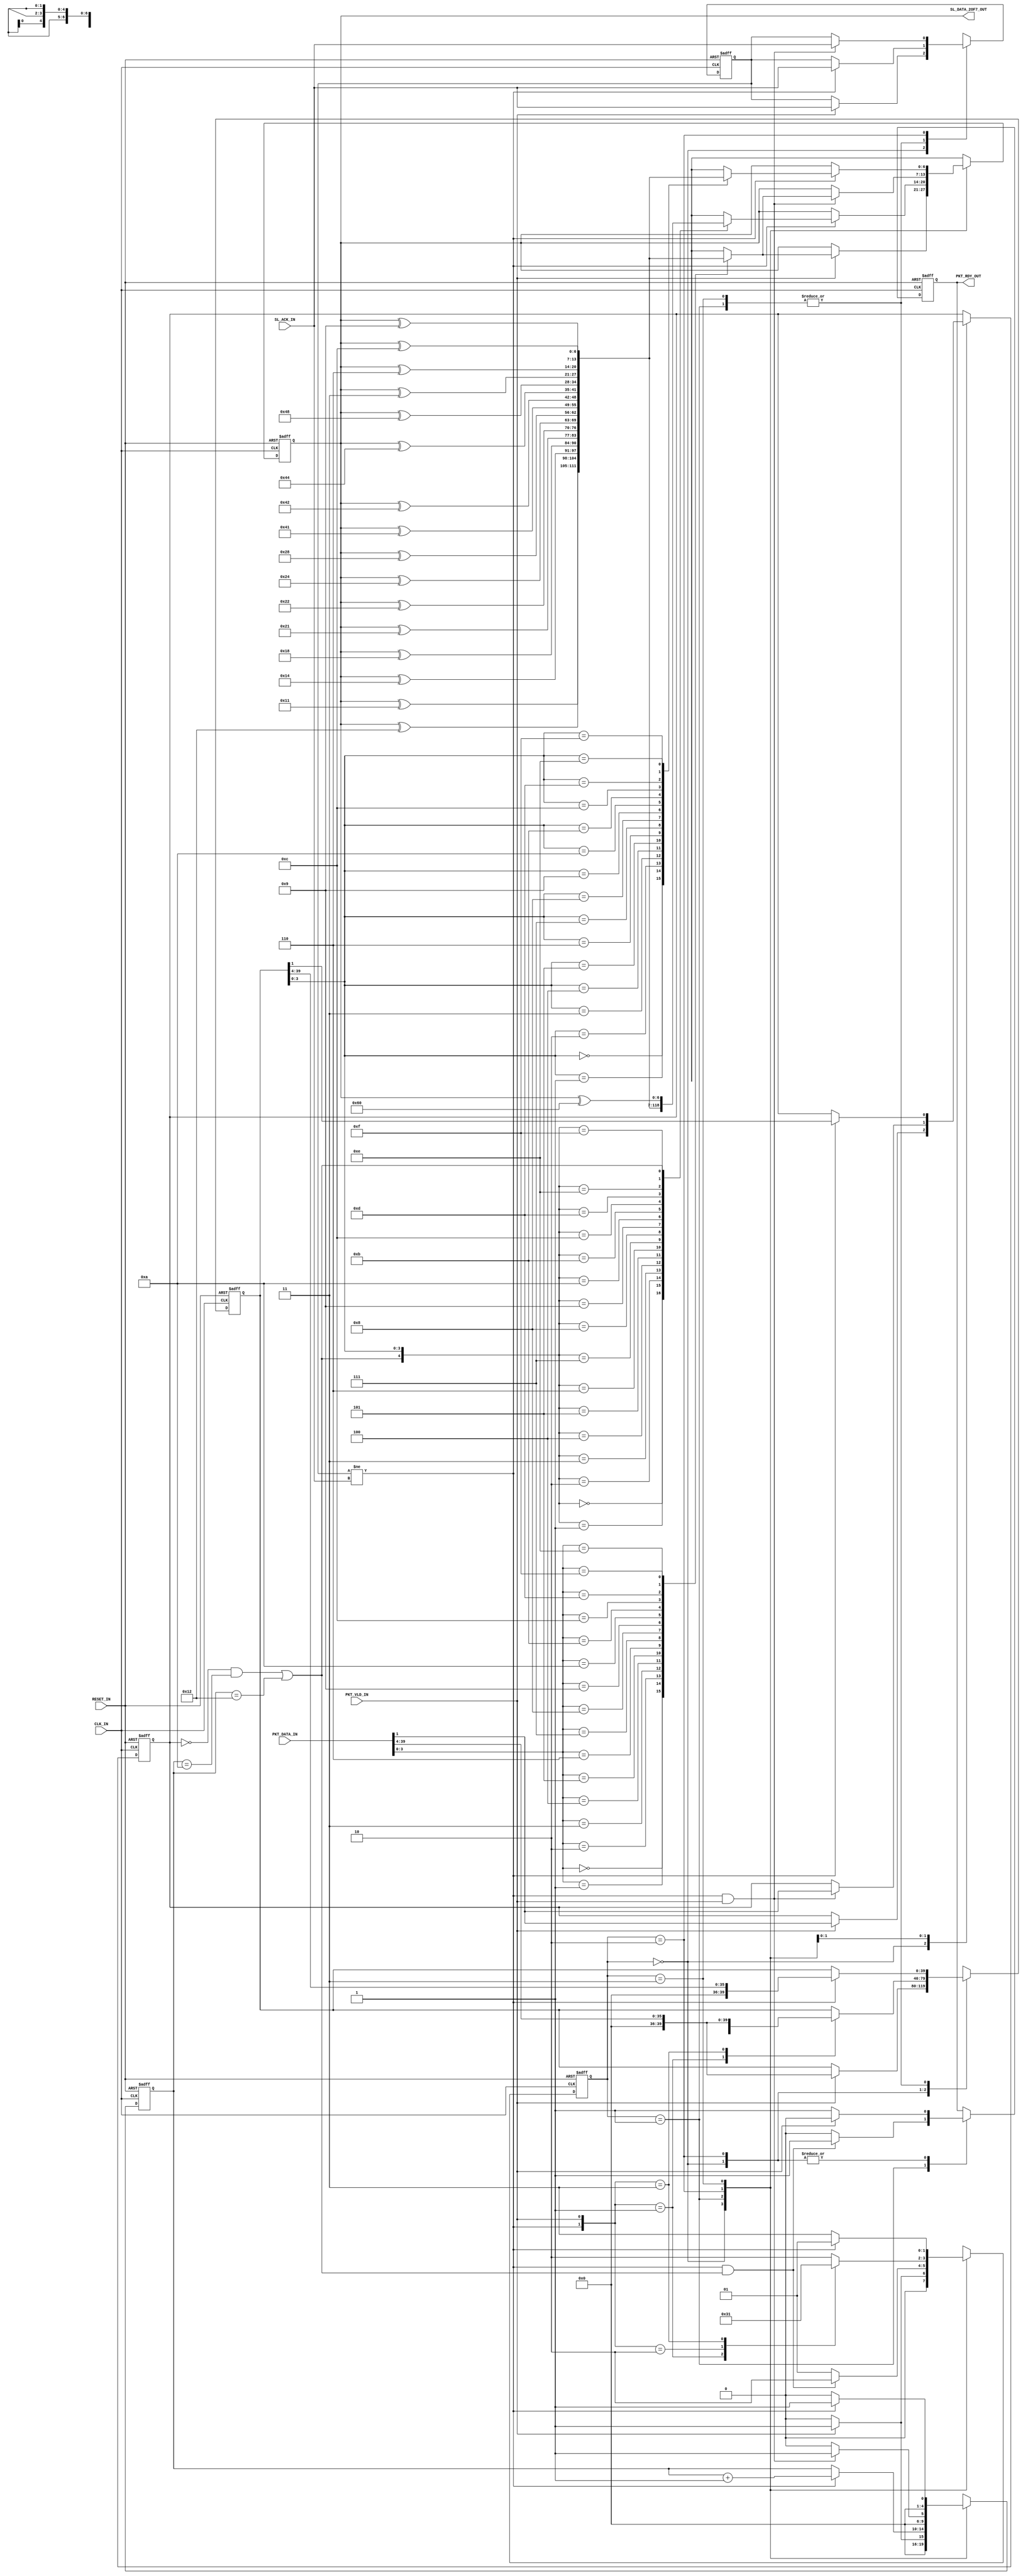
// -------------------------------------------------------------------------
//  SpiNNaker link transmitter module
//
// -------------------------------------------------------------------------
// AUTHOR
//  lap - luis.plana@manchester.ac.uk
//  Based on work by J Pepper (Date 08/08/2012)
//
// -------------------------------------------------------------------------
// Taken from:
// https://solem.cs.man.ac.uk/svn/spiNNlink/testing/src/packet_sender.v
// Revision 2517 (Last-modified date: 2013-08-19 10:33:30 +0100)
//
// -------------------------------------------------------------------------
// COPYRIGHT
//  Copyright (c) The University of Manchester, 2012. All rights reserved.
//  SpiNNaker Project
//  Advanced Processor Technologies Group
//  School of Computer Science
// -------------------------------------------------------------------------
// TODO
//  * decide what to do with "default" cases: non-valid states.
//  * could save one clock cycle by adding RDY_ST (not straightforward!).
// -------------------------------------------------------------------------

`define PKT_BITS         40

// ----------------------------------------------------------------
// include spiNNlink global constants and parameters
//
// ----------------------------------------------------------------



`timescale 1ns / 1ps

module spinn_driver
(
  input                        CLK_IN,
  input                        RESET_IN,

  // synchronous packet interface
  input      [`PKT_BITS - 1:0] PKT_DATA_IN,
  input                        PKT_VLD_IN,
  output reg                   PKT_RDY_OUT,

  // SpiNNaker link asynchronous interface
  output reg             [6:0] SL_DATA_2OF7_OUT,
  input                        SL_ACK_IN
);

  //---------------------------------------------------------------
  // constants
  //---------------------------------------------------------------
  //# Xilinx recommends one-hot state encoding
  localparam STATE_BITS = 2;
  localparam IDLE_ST    = 0;
  localparam TRAN_ST    = IDLE_ST + 1;
  localparam EOP_ST     = TRAN_ST + 1;
  localparam PARK_ST    = EOP_ST + 1;


  //---------------------------------------------------------------
  // internal signals
  //---------------------------------------------------------------
  reg  [STATE_BITS - 1:0] state;
  reg                     eop;

  reg                     old_ack;
  reg                     acked;

  reg   [`PKT_BITS - 1:0] pkt_buf;
  reg                     long_pkt;
  reg               [4:0] symbol_cnt;


  //+++++++++++++++++++++++++++++++++++++++++++++++++++++++++++++++
  //--------------------------- functions -------------------------
  //+++++++++++++++++++++++++++++++++++++++++++++++++++++++++++++++
  //---------------------------------------------------------------
  // NRZ 2-of-7 encoder
  //---------------------------------------------------------------
  function [6:0] encode_2of7 ;
    input [4:0] din;
    input [6:0] code_2of7;

    casex (din)
      5'b00000 : encode_2of7 = code_2of7 ^ 7'b0010001; // 0
      5'b00001 : encode_2of7 = code_2of7 ^ 7'b0010010; // 1
      5'b00010 : encode_2of7 = code_2of7 ^ 7'b0010100; // 2
      5'b00011 : encode_2of7 = code_2of7 ^ 7'b0011000; // 3
      5'b00100 : encode_2of7 = code_2of7 ^ 7'b0100001; // 4
      5'b00101 : encode_2of7 = code_2of7 ^ 7'b0100010; // 5
      5'b00110 : encode_2of7 = code_2of7 ^ 7'b0100100; // 6
      5'b00111 : encode_2of7 = code_2of7 ^ 7'b0101000; // 7
      5'b01000 : encode_2of7 = code_2of7 ^ 7'b1000001; // 8
      5'b01001 : encode_2of7 = code_2of7 ^ 7'b1000010; // 9
      5'b01010 : encode_2of7 = code_2of7 ^ 7'b1000100; // 10
      5'b01011 : encode_2of7 = code_2of7 ^ 7'b1001000; // 11
      5'b01100 : encode_2of7 = code_2of7 ^ 7'b0000011; // 12
      5'b01101 : encode_2of7 = code_2of7 ^ 7'b0000110; // 13
      5'b01110 : encode_2of7 = code_2of7 ^ 7'b0001100; // 14
      5'b01111 : encode_2of7 = code_2of7 ^ 7'b0001001; // 15
      5'b1xxxx : encode_2of7 = code_2of7 ^ 7'b1100000; // EOP
      default  : encode_2of7 = 7'bxxxxxxx;
    endcase
  endfunction
  //---------------------------------------------------------------
  //+++++++++++++++++++++++++++++++++++++++++++++++++++++++++++++++


  //+++++++++++++++++++++++++++++++++++++++++++++++++++++++++++++++
  //--------------------------- datapath --------------------------
  //+++++++++++++++++++++++++++++++++++++++++++++++++++++++++++++++
  //---------------------------------------------------------------
  // SpiNNaker link interface
  //---------------------------------------------------------------
  always @(posedge CLK_IN or posedge RESET_IN)
    if (RESET_IN)
      SL_DATA_2OF7_OUT <= 7'd0;
    else
      case (state)
        IDLE_ST: if (PKT_VLD_IN)
                   SL_DATA_2OF7_OUT <= encode_2of7 ({1'b0, PKT_DATA_IN[3:0]},
                                                     SL_DATA_2OF7_OUT
                                                   );     // first nibble
                 else
                   SL_DATA_2OF7_OUT <= SL_DATA_2OF7_OUT;  // no change!

        TRAN_ST: if (acked)
                     SL_DATA_2OF7_OUT <= encode_2of7 ({eop, pkt_buf[3:0]},
                                                       SL_DATA_2OF7_OUT
                                                     );   // next nibble or eop
                 else
                   SL_DATA_2OF7_OUT <= SL_DATA_2OF7_OUT;  // no change!

        EOP_ST:  if (acked && PKT_VLD_IN)
                   SL_DATA_2OF7_OUT <= encode_2of7 ({1'b0, PKT_DATA_IN[3:0]},
                                                     SL_DATA_2OF7_OUT
                                                   );     // first nibble
                 else
                   SL_DATA_2OF7_OUT <= SL_DATA_2OF7_OUT;  // no change!

        PARK_ST: if (acked)
                   SL_DATA_2OF7_OUT <= encode_2of7 ({1'b0, pkt_buf[3:0]},
                                                     SL_DATA_2OF7_OUT
                                                   );     // first nibble
                 else
                   SL_DATA_2OF7_OUT <= SL_DATA_2OF7_OUT;  // no change!

        default:   SL_DATA_2OF7_OUT <= SL_DATA_2OF7_OUT;  // no change!
      endcase 

  always @(posedge CLK_IN or posedge RESET_IN)
    if (RESET_IN)
      old_ack   <= 1'b0;  // not really necessary!
    else
      case (state)
        IDLE_ST: if (PKT_VLD_IN)
                   old_ack <= SL_ACK_IN;  // remember SL_ACK_IN value
                 else
                   old_ack <= old_ack;    // no change!

        TRAN_ST,
        PARK_ST: if (acked)
                   old_ack <= SL_ACK_IN;  // remember SL_ACK_IN value
                 else
                   old_ack <= old_ack;    // no change!

        EOP_ST:  if (acked && PKT_VLD_IN)
                   old_ack <= SL_ACK_IN;  // remember SL_ACK_IN value
                 else
                   old_ack <= old_ack;    // no change!

        default:   old_ack <= old_ack;    // no change!
      endcase 
  //---------------------------------------------------------------

  //---------------------------------------------------------------
  // packet interface
  //---------------------------------------------------------------
  always @(posedge CLK_IN or posedge RESET_IN)
    if (RESET_IN)
      PKT_RDY_OUT <= 1'b1;
    else
      case (state)
        IDLE_ST: if (PKT_VLD_IN)
                   PKT_RDY_OUT <= 1'b0;
                 else
                   PKT_RDY_OUT <= 1'b1;

        TRAN_ST: if (acked && eop)
                   PKT_RDY_OUT <= 1'b1;         // ready for next packet
                 else
                   PKT_RDY_OUT <= 1'b0;

        EOP_ST:  if (PKT_VLD_IN)
                   PKT_RDY_OUT <= 1'b0;
                 else
                   PKT_RDY_OUT <= 1'b1;

        default:   PKT_RDY_OUT <= PKT_RDY_OUT;  // no change!
      endcase 

  always @(posedge CLK_IN or posedge RESET_IN)
    if (RESET_IN)
      pkt_buf <= {(`PKT_BITS) {1'b0}};  // not really necessary!
    else
      case (state)
        IDLE_ST: if (PKT_VLD_IN)
                   pkt_buf <= PKT_DATA_IN >> 4;    // first nibble gone
                 else
                   pkt_buf <= pkt_buf;             // no change!

        TRAN_ST: if (acked)
                   pkt_buf <= pkt_buf >> 4;        // prepare for next nibble
                 else
                   pkt_buf <= pkt_buf;             // no change!

        EOP_ST: 
          case ({acked, PKT_VLD_IN})
	    2'b01:   pkt_buf <= PKT_DATA_IN;       // park new packet
	    2'b11:   pkt_buf <= PKT_DATA_IN >> 4;  // first nibble gone
            default: pkt_buf <= pkt_buf;           // no change!
	  endcase
	
        PARK_ST: if (acked)
                   pkt_buf <= pkt_buf >> 4;  // prepare for next nibble
                 else
                   pkt_buf <= pkt_buf;       // no change!

        default:   pkt_buf <= pkt_buf;       // no change!
      endcase 

  always @(posedge CLK_IN or posedge RESET_IN)
    if (RESET_IN)
      symbol_cnt <= 5'd0;  // not really necessary!
    else
      case (state)
        IDLE_ST: if (PKT_VLD_IN)
                   symbol_cnt <= 5'd1;  // start counting symbols (nibbles)
                 else
                   symbol_cnt <= 5'd0;

        TRAN_ST: if (acked)
                   symbol_cnt <= symbol_cnt + 1;
                 else
                   symbol_cnt <= symbol_cnt;  // no change!

        EOP_ST:  if (acked && PKT_VLD_IN)
                   symbol_cnt <= 5'd1;  // start counting symbols (nibbles)
                 else
                   symbol_cnt <= 5'd0;

        PARK_ST: if (acked)
                   symbol_cnt <= 5'd1;  // start counting symbols (nibbles)
                 else
                   symbol_cnt <= 5'd0;

        default:   symbol_cnt <= symbol_cnt;  // no change!
      endcase 

  always @(posedge CLK_IN or posedge RESET_IN)
    if (RESET_IN)
      long_pkt <= 1'b0;  // not really necessary!
    else
      case (state)
        IDLE_ST: if (PKT_VLD_IN)
                   long_pkt <= PKT_DATA_IN[1];  // remember packet size
                 else
                   long_pkt <= long_pkt;        // no change!

        EOP_ST:  if (acked && PKT_VLD_IN)
                   long_pkt <= PKT_DATA_IN[1];  // remember packet size
                 else
                   long_pkt <= long_pkt;        // no change!

        PARK_ST: if (acked)
                   long_pkt <= pkt_buf[1];      // remember packet size
                 else
                   long_pkt <= long_pkt;        // no change!

        default:   long_pkt <= long_pkt;        // no change!
      endcase 
  //---------------------------------------------------------------
  //+++++++++++++++++++++++++++++++++++++++++++++++++++++++++++++++


  //+++++++++++++++++++++++++++++++++++++++++++++++++++++++++++++++
  //---------------------------- control --------------------------
  //+++++++++++++++++++++++++++++++++++++++++++++++++++++++++++++++
  //---------------------------------------------------------------
  // send end-of-packet (combinatorial)
  //---------------------------------------------------------------
  always @ (*)
    eop = (!long_pkt && (symbol_cnt == 10)) || (symbol_cnt == 18);
  //---------------------------------------------------------------

  //---------------------------------------------------------------
  // output data has been acked (combinatorial)
  //---------------------------------------------------------------
  always @ (*)
    acked = (old_ack != SL_ACK_IN);
  //---------------------------------------------------------------

  //---------------------------------------------------------------
  // state
  //---------------------------------------------------------------
  always @(posedge CLK_IN or posedge RESET_IN)
    if (RESET_IN)
      state <= IDLE_ST;
    else
      case (state)
        IDLE_ST: if (PKT_VLD_IN)
                   state <= TRAN_ST;    // start new packet
                 else
                   state <= IDLE_ST;    // no change!

        TRAN_ST: if (acked && eop)
                   state <= EOP_ST;     // done with packet
                 else
                   state <= TRAN_ST;    // no change!

        EOP_ST:  
          case({acked, PKT_VLD_IN})
	    2'b01:   state <= PARK_ST;  // park new packet
            2'b10:   state <= IDLE_ST;  // wait for new packet
	    2'b11:   state <= TRAN_ST;  // start new packet
            default: state <= EOP_ST;   // no change!
          endcase
                   
        PARK_ST: if (acked)
                   state <= TRAN_ST;
                 else
                   state <= PARK_ST;    // no change!

        default:   state <= state;    // no change!
      endcase 
  //---------------------------------------------------------------
  //+++++++++++++++++++++++++++++++++++++++++++++++++++++++++++++++
endmodule